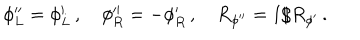
\phi _ { L } ^ { \prime \prime } = \phi _ { L } ^ { \prime } \, , \quad \phi _ { R } ^ { \prime \prime } = - \phi _ { R } ^ { \prime } \, , \quad R _ { \phi ^ { \prime \prime } } = 1 / R _ { \phi ^ { \prime } } \, .